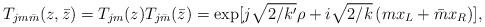
LaTeX: \begin{align*}T_{jm\bar{m}}(z,\bar{z}) =T_{jm}(z)T_{j\bar{m}}(\bar{z}) = \exp[j\sqrt{2/k'}\rho +i\sqrt{2/k}\,(mx_L+\bar{m}x_R)],\end{align*}